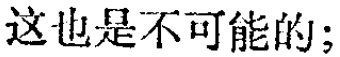
这也是不可能的；